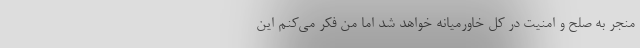
منجر به صلح و امنیت در کل خاورمیانه خواهد شد اما من فکر می‌کنم این